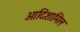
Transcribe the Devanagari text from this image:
आदिशामिल